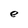
Character: e